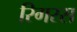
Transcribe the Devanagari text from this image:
रिगरस